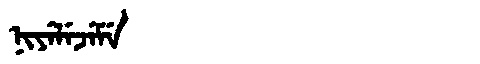
Manchu: ᠨᡳᠶᡝᠯᡝᠵᡝᠮᡝ
Romanization: NIYELEJEME